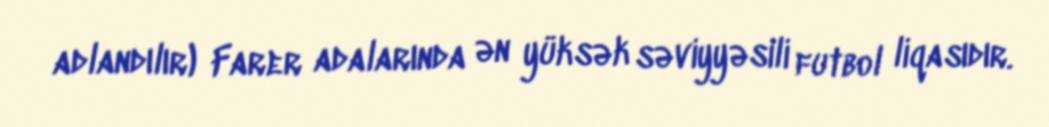
adlandılır) Farer adalarında ən yüksək səviyyəsili futbol liqasıdır.